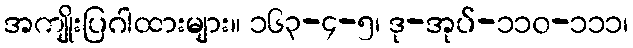
အကျိုးပြဂါထားများ။ ၁၆၃-၄-၅၊ ဒု-အုပ်-၁၁၀-၁၁၁၊